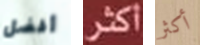
أفضل اكثر أكثر